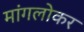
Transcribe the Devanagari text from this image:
मांगलोकर